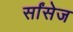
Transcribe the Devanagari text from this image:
र्सांसेज